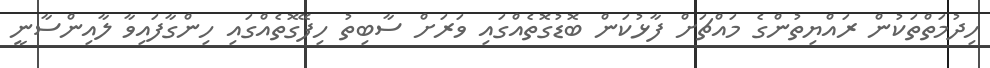
ހިދުމަތްތަކުން ރައްޔިތުންގެ މައްޗަށް ފާޅުކަން ބޮޑުގޮތެއްގައި ވަރަށް ސާބިތު ހިފޭގޮތެއްގައި ހިންގާފައިވާ ލާއިންސާނީ